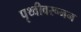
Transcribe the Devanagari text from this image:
पृथ्वीवरूनन